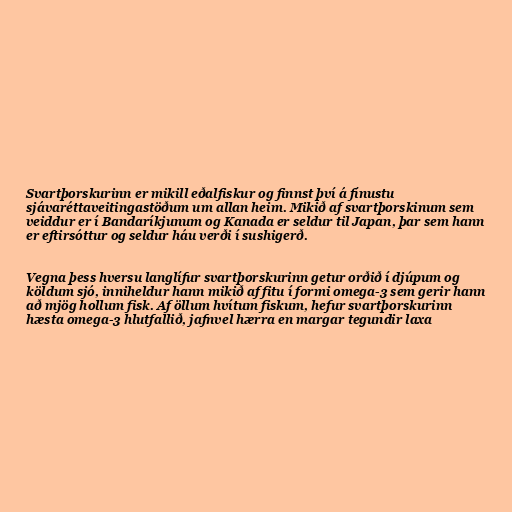
Svartþorskurinn er mikill eðalfiskur og finnst því á fínustu
sjávaréttaveitingastöðum um allan heim. Mikið af svartþorskinum sem
veiddur er í Bandaríkjunum og Kanada er seldur til Japan, þar sem hann
er eftirsóttur og seldur háu verði í sushigerð.

Vegna þess hversu langlífur svartþorskurinn getur orðið í djúpum og
köldum sjó, inniheldur hann mikið af fitu í formi omega-3 sem gerir hann
að mjög hollum fisk. Af öllum hvítum fiskum, hefur svartþorskurinn
hæsta omega-3 hlutfallið, jafnvel hærra en margar tegundir laxa